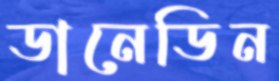
ডানেডিন